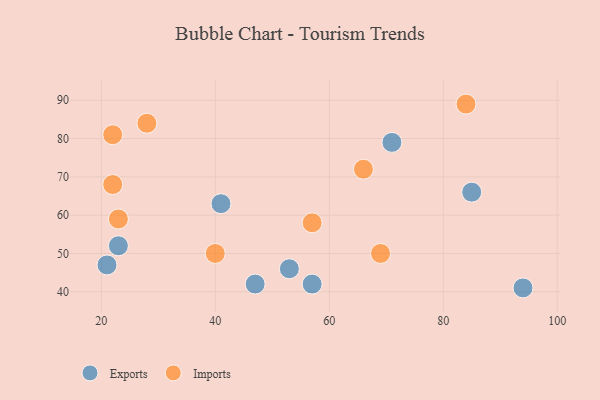
{"axis": {"x": "GDP", "y": "Life Expectancy"}, "legend": ["Exports", "Imports"], "data": [{"x": "41", "y": 63, "type": "Exports"}, {"x": "57", "y": 42, "type": "Exports"}, {"x": "53", "y": 46, "type": "Exports"}, {"x": "23", "y": 52, "type": "Exports"}, {"x": "94", "y": 41, "type": "Exports"}, {"x": "85", "y": 66, "type": "Exports"}, {"x": "21", "y": 47, "type": "Exports"}, {"x": "71", "y": 79, "type": "Exports"}, {"x": "47", "y": 42, "type": "Exports"}, {"x": "66", "y": 72, "type": "Imports"}, {"x": "69", "y": 50, "type": "Imports"}, {"x": "28", "y": 84, "type": "Imports"}, {"x": "57", "y": 58, "type": "Imports"}, {"x": "40", "y": 50, "type": "Imports"}, {"x": "22", "y": 81, "type": "Imports"}, {"x": "22", "y": 68, "type": "Imports"}, {"x": "84", "y": 89, "type": "Imports"}, {"x": "23", "y": 59, "type": "Imports"}]}